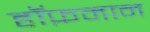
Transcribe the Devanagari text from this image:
हॉफ़मान